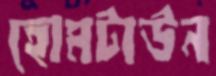
হোমটাউন